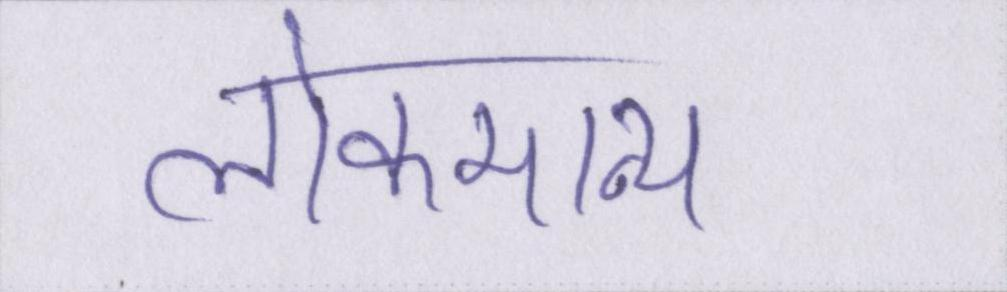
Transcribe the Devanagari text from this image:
लोकमान्य